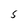
Character: S